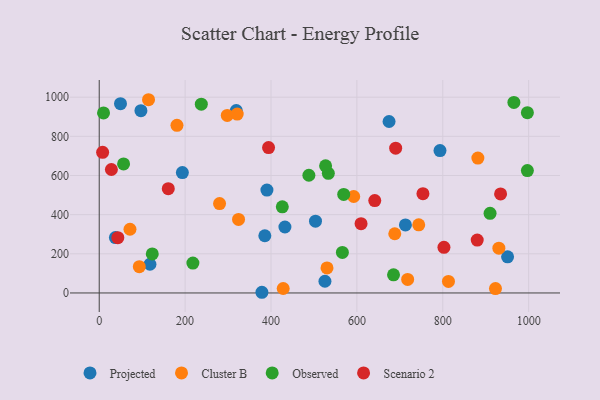
{"axis": {"x": "Investment", "y": "Demand"}, "legend": ["Cluster B", "Observed", "Projected", "Scenario 2"], "data": [{"x": "793.5", "y": 727.3, "type": "Projected"}, {"x": "49.5", "y": 967.0, "type": "Projected"}, {"x": "385.6", "y": 292.3, "type": "Projected"}, {"x": "97.1", "y": 931.2, "type": "Projected"}, {"x": "390.5", "y": 525.5, "type": "Projected"}, {"x": "674.9", "y": 875.8, "type": "Projected"}, {"x": "950.9", "y": 184.6, "type": "Projected"}, {"x": "193.6", "y": 614.7, "type": "Projected"}, {"x": "378.8", "y": 3.5, "type": "Projected"}, {"x": "713.0", "y": 347.7, "type": "Projected"}, {"x": "118.1", "y": 146.6, "type": "Projected"}, {"x": "432.4", "y": 337.0, "type": "Projected"}, {"x": "37.7", "y": 282.7, "type": "Projected"}, {"x": "319.1", "y": 931.7, "type": "Projected"}, {"x": "525.6", "y": 59.8, "type": "Projected"}, {"x": "503.6", "y": 366.7, "type": "Projected"}, {"x": "922.7", "y": 22.2, "type": "Cluster B"}, {"x": "718.2", "y": 69.2, "type": "Cluster B"}, {"x": "428.4", "y": 22.9, "type": "Cluster B"}, {"x": "298.1", "y": 907.0, "type": "Cluster B"}, {"x": "592.6", "y": 492.6, "type": "Cluster B"}, {"x": "280.2", "y": 456.8, "type": "Cluster B"}, {"x": "744.0", "y": 347.9, "type": "Cluster B"}, {"x": "114.8", "y": 987.0, "type": "Cluster B"}, {"x": "93.3", "y": 134.4, "type": "Cluster B"}, {"x": "324.4", "y": 375.5, "type": "Cluster B"}, {"x": "881.7", "y": 689.2, "type": "Cluster B"}, {"x": "181.0", "y": 856.3, "type": "Cluster B"}, {"x": "813.2", "y": 58.8, "type": "Cluster B"}, {"x": "930.6", "y": 228.5, "type": "Cluster B"}, {"x": "71.6", "y": 325.5, "type": "Cluster B"}, {"x": "530.4", "y": 127.9, "type": "Cluster B"}, {"x": "321.3", "y": 913.7, "type": "Cluster B"}, {"x": "688.2", "y": 302.4, "type": "Cluster B"}, {"x": "910.1", "y": 406.9, "type": "Observed"}, {"x": "426.3", "y": 439.8, "type": "Observed"}, {"x": "685.3", "y": 92.6, "type": "Observed"}, {"x": "488.2", "y": 601.3, "type": "Observed"}, {"x": "533.5", "y": 610.9, "type": "Observed"}, {"x": "56.7", "y": 659.2, "type": "Observed"}, {"x": "997.0", "y": 920.8, "type": "Observed"}, {"x": "218.1", "y": 152.9, "type": "Observed"}, {"x": "237.7", "y": 964.1, "type": "Observed"}, {"x": "997.0", "y": 625.2, "type": "Observed"}, {"x": "527.1", "y": 649.5, "type": "Observed"}, {"x": "123.5", "y": 199.4, "type": "Observed"}, {"x": "965.6", "y": 973.2, "type": "Observed"}, {"x": "569.3", "y": 503.2, "type": "Observed"}, {"x": "10.0", "y": 919.4, "type": "Observed"}, {"x": "566.2", "y": 207.1, "type": "Observed"}, {"x": "160.8", "y": 532.8, "type": "Scenario 2"}, {"x": "880.2", "y": 270.3, "type": "Scenario 2"}, {"x": "802.7", "y": 233.3, "type": "Scenario 2"}, {"x": "934.6", "y": 506.1, "type": "Scenario 2"}, {"x": "394.3", "y": 742.6, "type": "Scenario 2"}, {"x": "43.3", "y": 282.5, "type": "Scenario 2"}, {"x": "690.3", "y": 739.5, "type": "Scenario 2"}, {"x": "609.7", "y": 353.7, "type": "Scenario 2"}, {"x": "753.8", "y": 507.1, "type": "Scenario 2"}, {"x": "28.3", "y": 630.7, "type": "Scenario 2"}, {"x": "7.9", "y": 718.3, "type": "Scenario 2"}, {"x": "641.6", "y": 471.9, "type": "Scenario 2"}]}